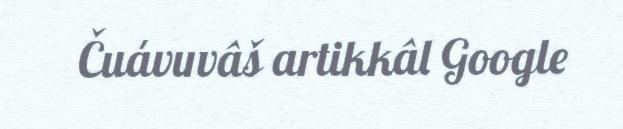
Čuávuvâš artikkâl Google